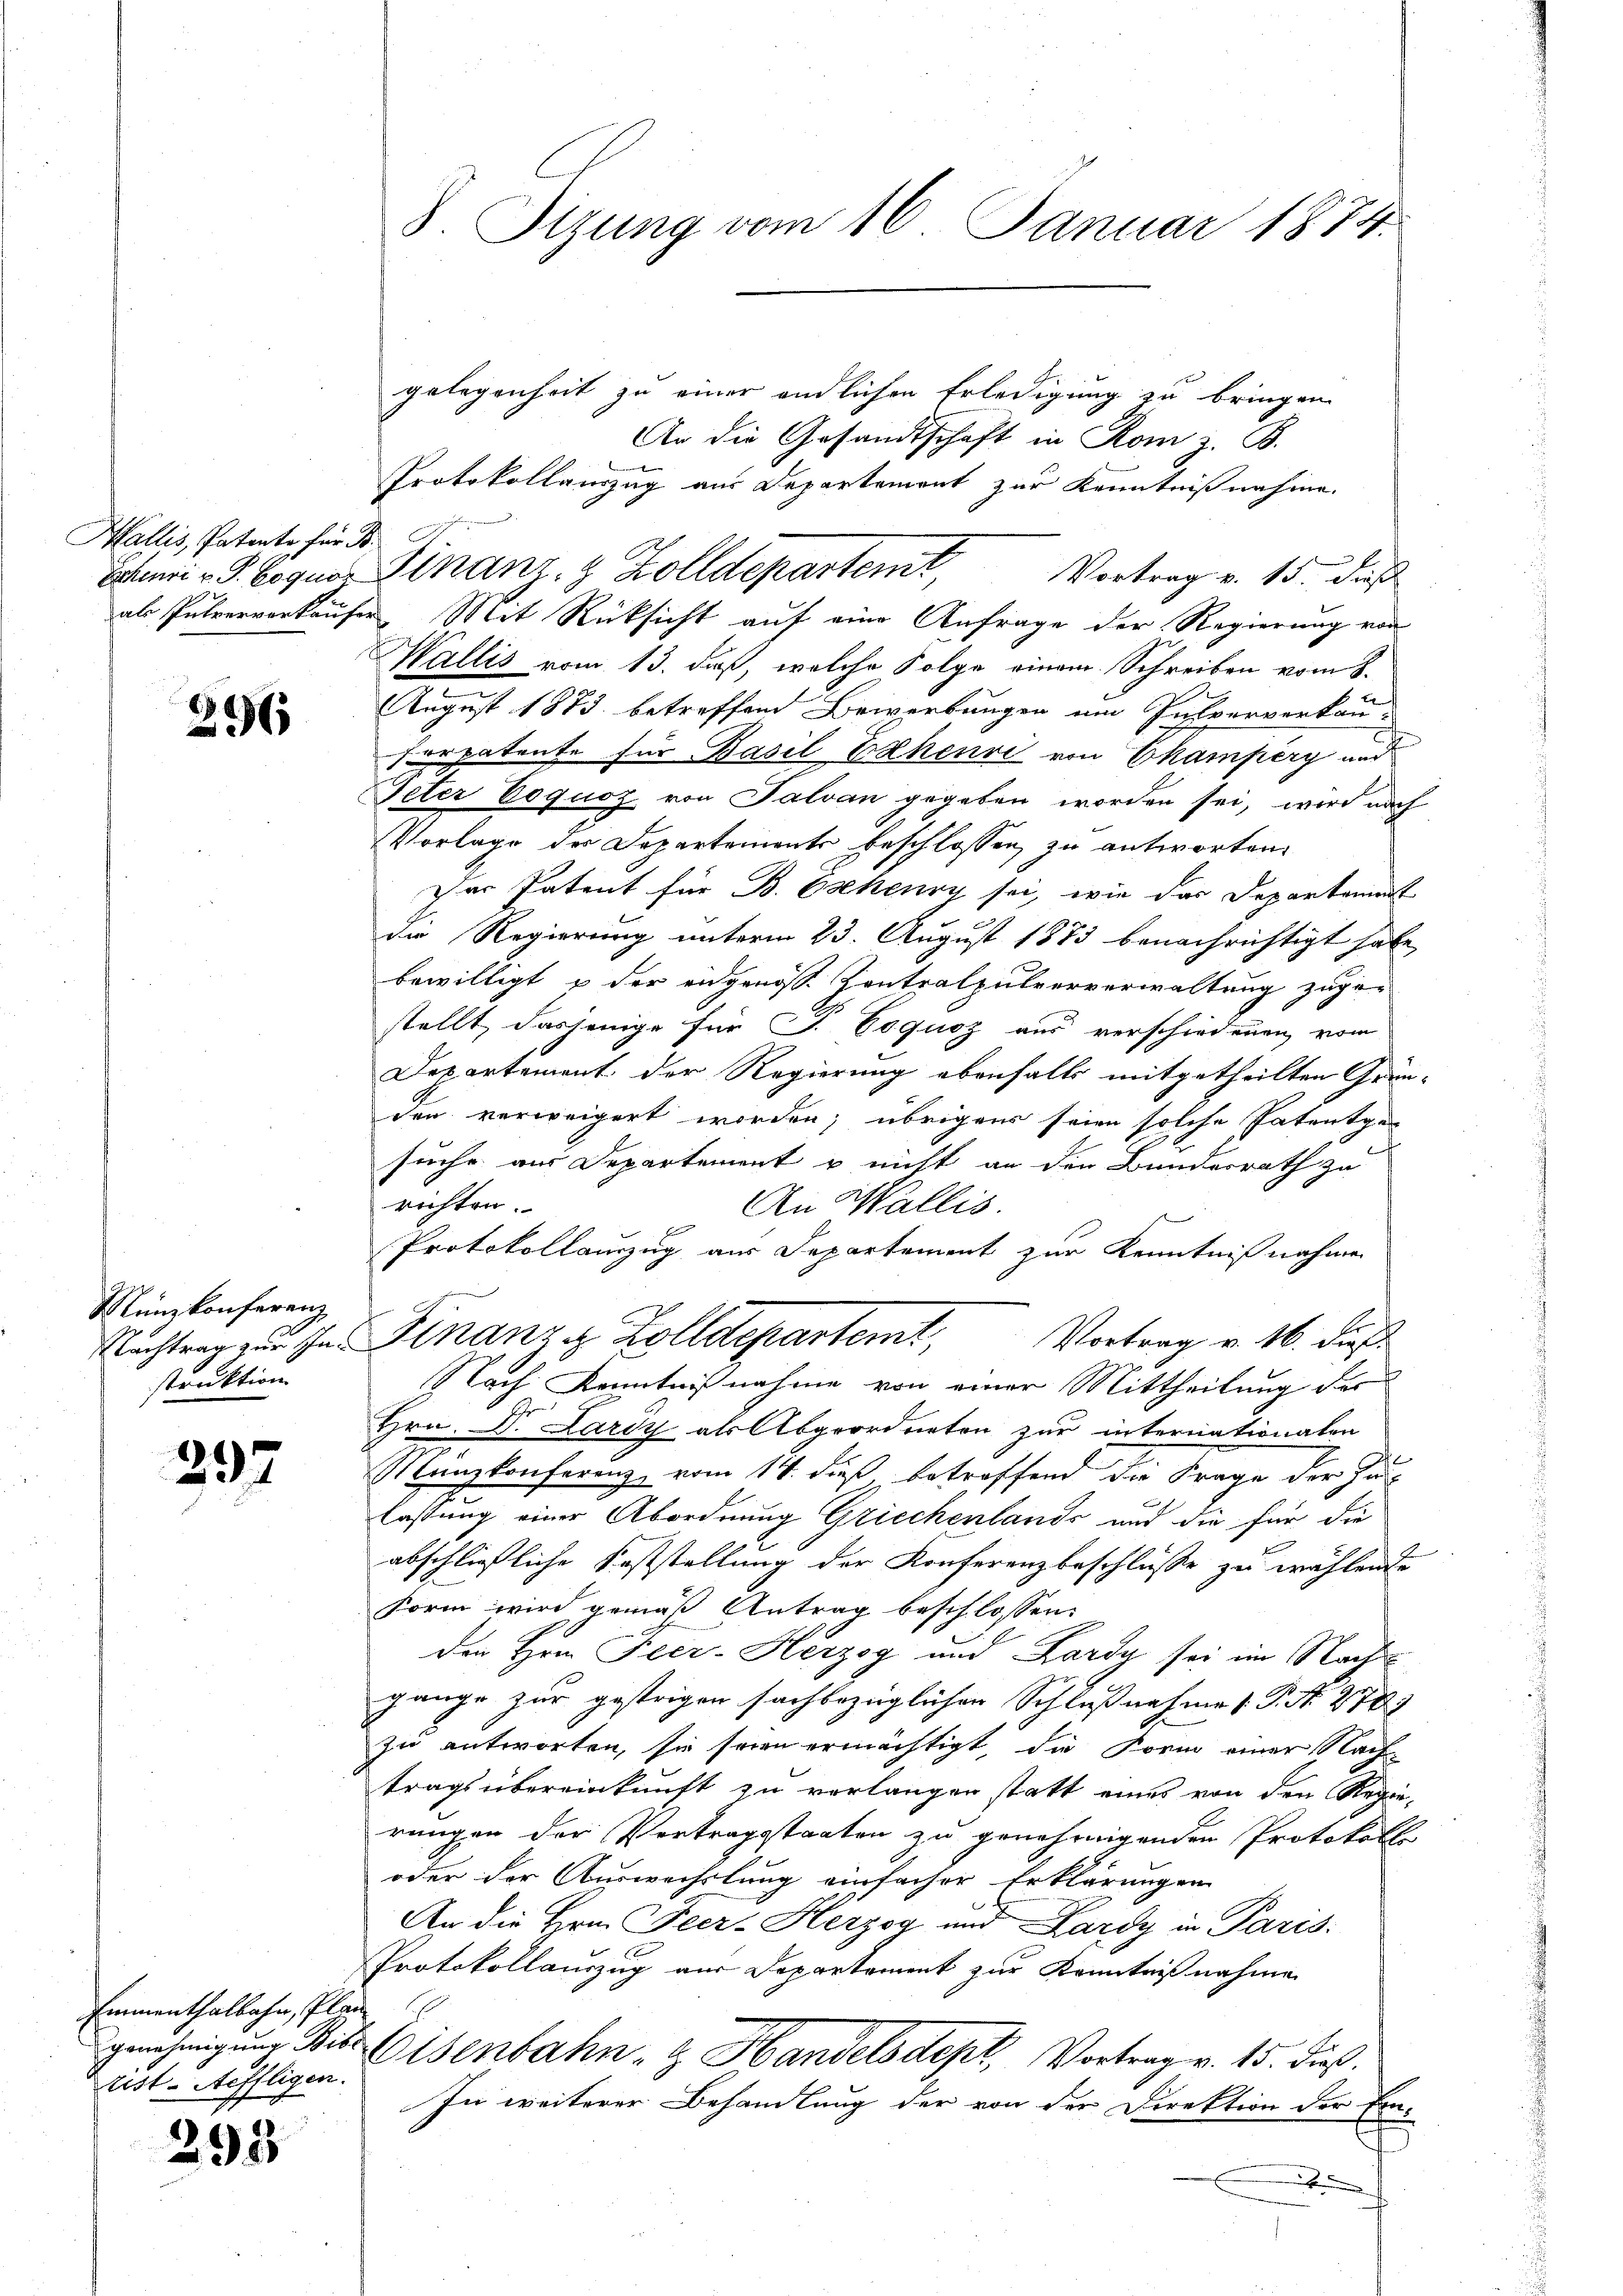
Wallis, Patente für B
Eschenri v. P. Coquor

296

Münzkonferenz
Nachtrag zur Instruktion

297

Emmenthalbahn, Plan
rist-Aeffligen.

295

S. Tizung vom 16. Januar 1874.

Finanz- & Zolldepartent,

gelegenheit zu einer endlichen Erledigung zu bringen.
An die Gesandtschaft in Rom z. B.
Protokollauszug aus Departement zur Kenntnißnahme.
Vortrag v. 15. dieß
als Pulvervorkaufer Mit Rücksicht auf eine Anfrage der Regierung von
Wallis vom 13. daß, welche Folge einem Schreiben vom 8.
August 1873 betreffend Bewerbungen um Pulververkausorpatente für Basil Erkenri von Ekampery und
Peter Coquoz von Salvan gegeben worden sei, wird nach
Vorlage der Departements beschlossen, zu antworten.
Der Patent für B. Osekenry sei, wie das Departament
die Regierung unterm 23. August 1873 benachrichtigt habe,
bewilligt & der eidgenoss. Contralpulververwaltung zuge-
stellt, dasjenige für J. Coquoz aus verschiedenen vom
Departement der Regierung ebenfalls mitgetheilten Gründen verweigert worden; übrigens seien solche Patentge-
suche aus Departement u nicht an den Bundesrath zu
richten.
An Wallis.
E
Protokollauszug aus Departement zur Kenntnißnahmen
Finanzg Zolldepartemt,
Vortrag v. 16. dieß:
Nach Kenntnißnahme von einer Mittheilung der
Hrn. Dr. Lardy als Abgeordneten zur internationaten
Münzkonferenz, vom 14. dieß betroffend die Frage der Hinlastung einer Abordnung Griechenlands und die für die
abschließliche Feststellung der Konferenzbeschlüsse zu wählende
Form wird gemäß Antrag beschlossen
den Hrn. Feer-Herzog und Lardy sei im Nachgange zur gestrigen sachbezüglichen Schlußnahme (T. N. 278)
zu antworten, sie seien ermächtigt, die Form einer Nach-
tragsübereinkunft zu verlangen statt eines von den Regie-
rungen der Vertragsstaaten zu genehmigenden Protokoll
oder der Auswechslung einfacher Erklärungen
An die Hrn. Peer-Herzog und Lardy in Paris
Protokollauszug aus Departement zur Kenntnißnahme
genehmigŭng Bise Eisenbahn- & Handelsdept, Vortrag v. 15. dieß.
In weiterer Behandlung der von der Direktion der Ein-